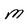
Character: M